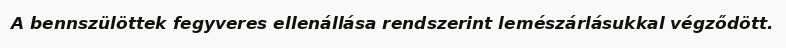
A bennszülöttek fegyveres ellenállása rendszerint lemészárlásukkal végződött.